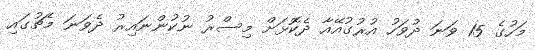
މަހުގެ 15 ވަނަ ދުވަހު އުރުގުއޭއާ ދެކޮޅަށް މިސްރު ނުކުންނައިރު ދެވަނަ މެޗުގައި